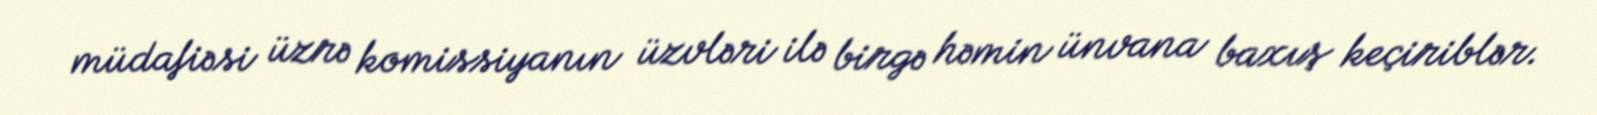
müdafiəsi üzrə komissiyanın üzvləri ilə birgə həmin ünvana baxış keçiriblər.